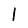
Character: 1